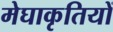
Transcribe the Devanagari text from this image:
मेघाकृतियों